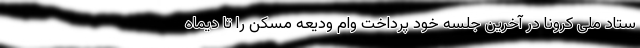
ستاد ملی کرونا در آخرین جلسه خود پرداخت وام ودیعه مسکن را تا دیماه